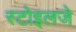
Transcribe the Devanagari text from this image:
स्टोइलजे